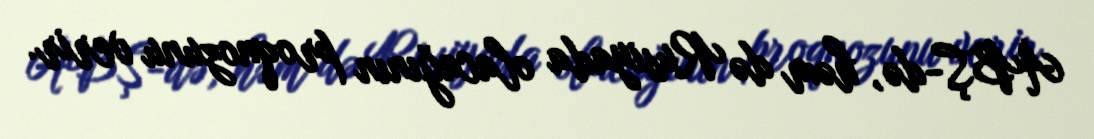
ABŞ-də, həm də Rusiyada olacağının proqnozunu verir.